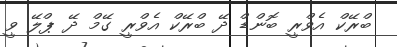
ބްރޭކް އެވްރީ ބޮންޑް ދޭ ބްރޭކް އެވްރީ ގޭމް ދޭ ޕްލޭ ވީ